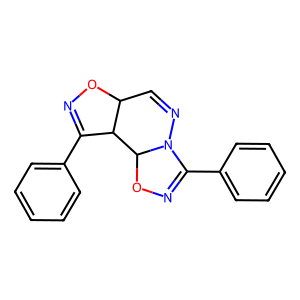
SMILES: C1=NN2C(c3ccccc3)=NOC2C2C(c3ccccc3)=NOC12
Inhibits HIV replication: No